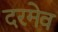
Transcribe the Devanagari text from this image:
दरमेव